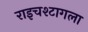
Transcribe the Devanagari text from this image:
राइचश्टागला